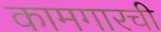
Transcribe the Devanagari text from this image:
कामगारची